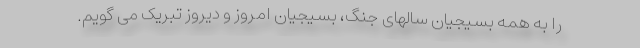
را به همه بسیجیان سالهای جنگ، بسیجیان امروز و دیروز تبریک می گویم.